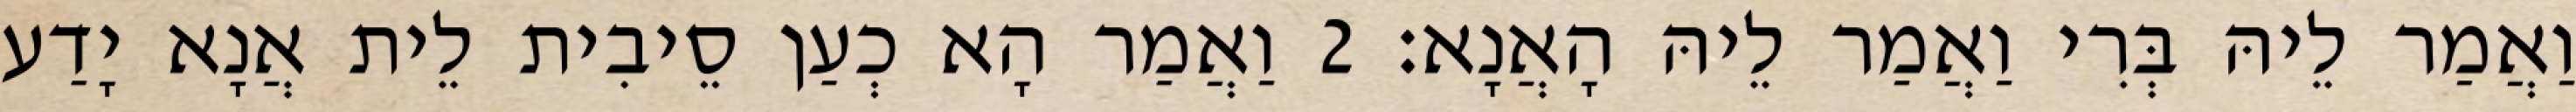
וַאֲמַר לֵיהּ בְּרִי וַאֲמַר לֵיהּ הָאֲנָא׃ 2 וַאֲמַר הָא כְעַן סֵיבִית לֵית אֲנָא יָדַע